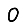
Digit: 0